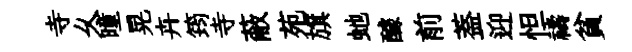
寺乆曈晃卉筠寺蔽苑旗虵醵前葢迎怛禱貧